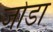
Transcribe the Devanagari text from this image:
जाेडा